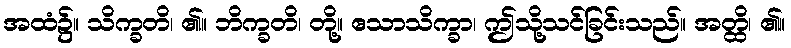
အထံ၌။ သိက္ခတိ၊ ၏။ ဘိက္ခတိ၊ တို့။ ဧသာသိက္ခာ၊ ဤသို့သင်ခြင်းသည်။ အတ္ထိ၊ ၏။